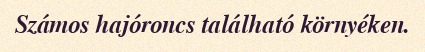
Számos hajóroncs található környéken.